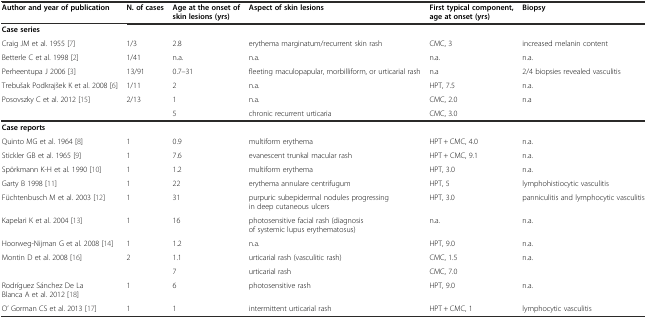
<table><thead><tr><td><b>Author and year of publication</b></td><td><b>N. of cases</b></td><td><b>Age at the onset of skin lesions (yrs)</b></td><td><b>Aspect of skin lesions</b></td><td><b>First typical component, age at onset (yrs)</b></td><td><b>Biopsy</b></td></tr></thead><tbody><tr><td><b>Case series</b></td><td></td><td></td><td></td><td></td><td></td></tr><tr><td>Craig JM et al. 1955 [7]</td><td>1/3</td><td>2.8</td><td>erythema marginatum/recurrent skin rash</td><td>CMC, 3</td><td>increased melanin content</td></tr><tr><td>Betterle C et al. 1998 [2]</td><td>1/41</td><td>n.a.</td><td>n.a.</td><td>n.a.</td><td>n.a.</td></tr><tr><td>Perheentupa J 2006 [3]</td><td>13/91</td><td>0.7–31</td><td>fleeting maculopapular, morbilliform, or urticarial rash</td><td>n.a</td><td>2/4 biopsies revealed vasculitis</td></tr><tr><td>Trebušak Podkrajšek K et al. 2008 [6]</td><td>1/11</td><td>2</td><td>n.a.</td><td>HPT, 7.5</td><td>n.a.</td></tr><tr><td rowspan="2">Posovszky C et al. 2012 [15]</td><td rowspan="2">2/13</td><td>1</td><td>n.a.</td><td>CMC, 2.0</td><td rowspan="2">n.a</td></tr><tr><td>5</td><td>chronic recurrent urticaria</td><td>CMC, 3.0</td></tr><tr><td><b>Case reports</b></td><td></td><td></td><td></td><td></td><td></td></tr><tr><td>Quinto MG et al. 1964 [8]</td><td>1</td><td>0.9</td><td>multiform erythema</td><td>HPT + CMC, 4.0</td><td>n.a.</td></tr><tr><td>Stickler GB et al. 1965 [9]</td><td>1</td><td>7.6</td><td>evanescent trunkal macular rash</td><td>HPT + CMC, 9.1</td><td>n.a.</td></tr><tr><td>Spörkmann K-H et al. 1990 [10]</td><td>1</td><td>1.2</td><td>multiform erythema</td><td>HPT, 3.0</td><td>n.a.</td></tr><tr><td>Garty B 1998 [11]</td><td>1</td><td>22</td><td>erythema annulare centrifugum</td><td>HPT, 5</td><td>lymphohistiocytic vasculitis</td></tr><tr><td>Füchtenbusch M et al. 2003 [12]</td><td>1</td><td>31</td><td>purpuric subepidermal nodules progressing in deep cutaneous ulcers</td><td>HPT, 3.0</td><td>panniculitis and lymphocytic vasculitis</td></tr><tr><td>Kapelari K et al. 2004 [13]</td><td>1</td><td>16</td><td>photosensitive facial rash (diagnosis of systemic lupus erythematosus)</td><td>n.a.</td><td>n.a.</td></tr><tr><td>Hoorweg-Nijman G et al. 2008 [14]</td><td>1</td><td>1.2</td><td>n.a.</td><td>HPT, 9.0</td><td>n.a.</td></tr><tr><td rowspan="2">Montin D et al. 2008 [16]</td><td rowspan="2">2</td><td>1.1</td><td>urticarial rash (vasculitic rash)</td><td>CMC, 1.5</td><td rowspan="2">n.a.</td></tr><tr><td>7</td><td>urticarial rash</td><td>CMC, 7.0</td></tr><tr><td>Rodríguez Sánchez De La Blanca A et al. 2012 [18]</td><td>1</td><td>6</td><td>photosensitive rash</td><td>HPT, 9.0</td><td>n.a.</td></tr><tr><td>O’ Gorman CS et al. 2013 [17]</td><td>1</td><td>1</td><td>intermittent urticarial rash</td><td>HPT + CMC, 1</td><td>lymphocytic vasculitis</td></tr></tbody></table>